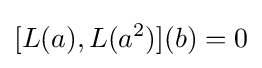
\displaystyle {[L(a),L(a^{2})](b)=0}